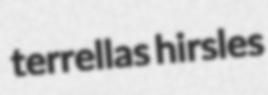
terrellas hirsles